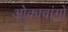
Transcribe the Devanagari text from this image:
ओकावांगो